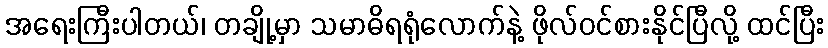
အရေးကြီးပါတယ်၊ တချို့မှာ သမာဓိရရုံလောက်နဲ့ ဖိုလ်ဝင်စားနိုင်ပြီလို့ ထင်ပြီး